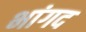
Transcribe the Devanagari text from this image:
भांगद